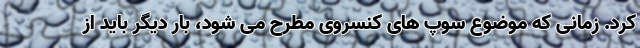
کرد. زمانی که موضوع سوپ های کنسروی مطرح می شود، بار دیگر باید از